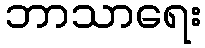
ဘာသာရေး